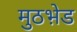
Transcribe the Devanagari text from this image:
मुठभ़ेड